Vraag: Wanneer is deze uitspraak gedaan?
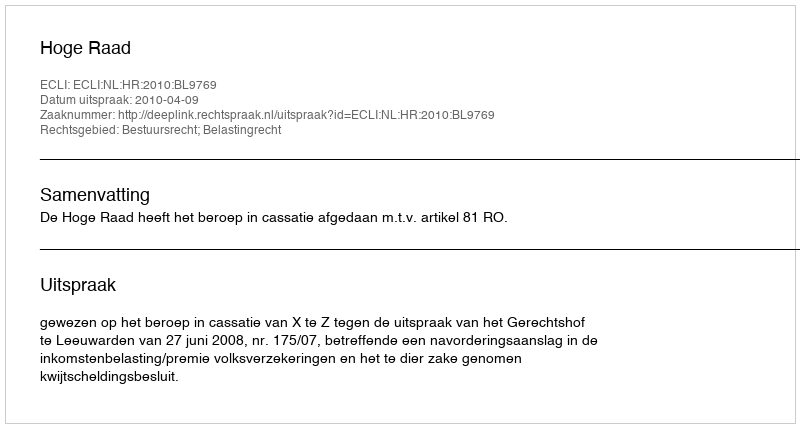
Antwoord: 2010-04-09